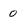
Character: 0